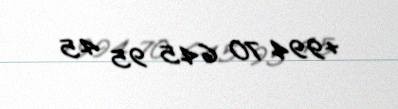
+994 70 645 95 45